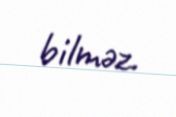
bilməz.